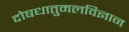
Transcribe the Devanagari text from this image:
दोषधातुमलविज्ञान